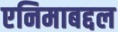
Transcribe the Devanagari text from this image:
एनिमाबद्दल